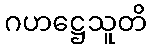
ဂဟဋ္ဌေသူတိ